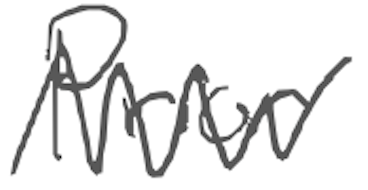
Text: Prior
Cross-out: zig-zag
Writing tool: digital_gray